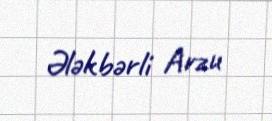
Ələkbərli Arzu